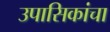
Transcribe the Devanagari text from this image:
उपासिकांचा